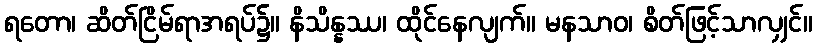
ရတော၊ ဆိတ်ငြိမ်ရာအရပ်၌။ နိသိန္နဿ၊ ထိုင်နေလျက်။ မနသာဝ၊ စိတ်ဖြင့်သာလျှင်။